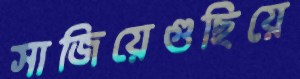
সাজিয়েগুছিয়ে